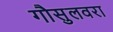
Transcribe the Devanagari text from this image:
गौसुलवरा